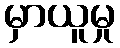
မှာယူမှု